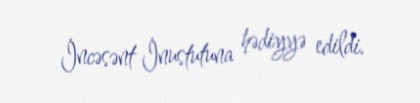
İncəsənt İnustutuna hədiyyə edildi.